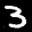
Label: 3